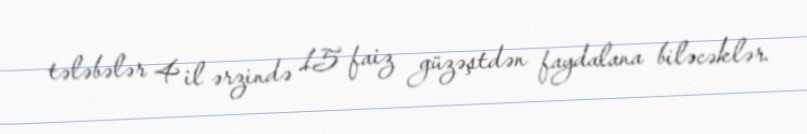
tələbələr 4 il ərzində 15 faiz güzəştdən faydalana biləcəklər.